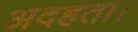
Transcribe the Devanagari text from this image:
अदहता।